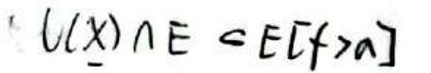
$v(x) \cap E \subset E[f > a]$